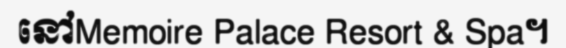
នៅMemoire Palace Resort & Spa។